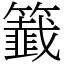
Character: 籖